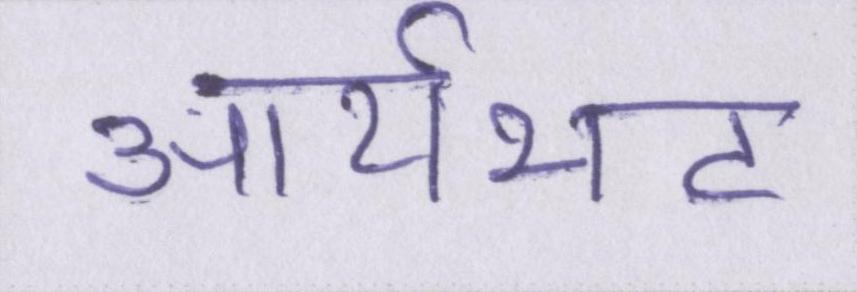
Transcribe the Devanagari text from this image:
आर्यभट